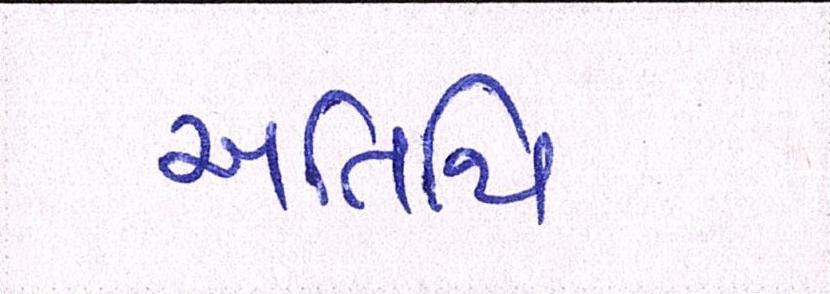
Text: અતિથિ